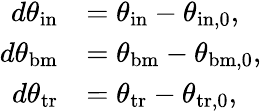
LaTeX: \begin{array}{rl}{d\theta_{\mathrm{in}}}&{=\theta_{\mathrm{in}}-\theta_{\mathrm{in,0}},}\\ {d\theta_{\mathrm{bm}}}&{=\theta_{\mathrm{bm}}-\theta_{\mathrm{bm,0}},}\\ {d\theta_{\mathrm{tr}}}&{=\theta_{\mathrm{tr}}-\theta_{\mathrm{tr,0}},}\end{array}